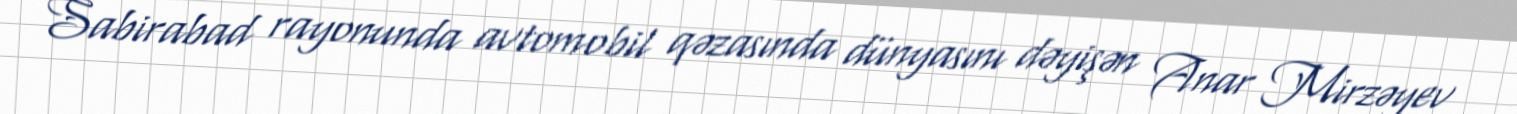
Sabirabad rayonunda avtomobil qəzasında dünyasını dəyişən Anar Mirzəyev